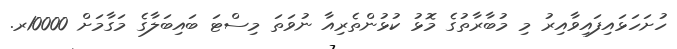
ހުށަހަޅައިފައިވާއިރު މި މުބާރާތުގެ މޮޅު ކުޅުންތެރިއާ ނުވަތަ މިސްޓަ ބައިބަލާގެ މަގާމަށް 10000ރ.